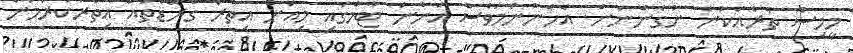
މީމިސް ތެރެއަކުން ނުގެންނަން. އެހެންނަމަވެސް އަންނަ ޓާމްގައި މިއަށް އިތުރު ގްރޭޑްތައް އިތުރުކުރަމުން